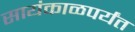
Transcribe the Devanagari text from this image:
सायंकाळपर्यंत